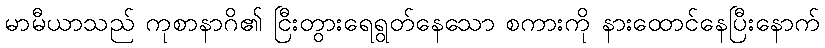
မာမီယာသည် ကုစာနာဂိ၏ ငြီးတွားရေရွတ်နေသော စကားကို နားထောင်နေပြီးနောက်